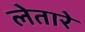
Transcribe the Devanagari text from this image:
लेतारे